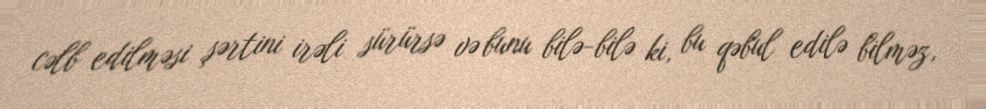
cəlb edilməsi şərtini irəli sürürsə və bunu bilə-bilə ki, bu qəbul edilə bilməz,